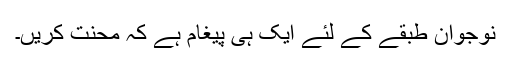
نوجوان طبقے کے لئے ایک ہی پیغام ہے کہ محنت کریں۔